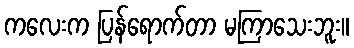
ကလေးက ပြန်ရောက်တာ မကြာသေးဘူး။